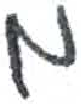
אות: מ